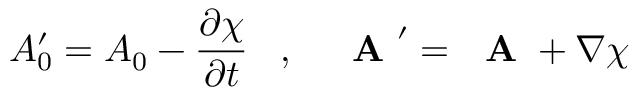
A _ { 0 } ^ { \prime } = A _ { 0 } - \frac { \partial \chi } { \partial t } \; \; \; , \; \; \; \mathrm { ~ \bf ~ A ~ } ^ { \prime } = \mathrm { ~ \bf ~ A ~ } + \nabla \chi